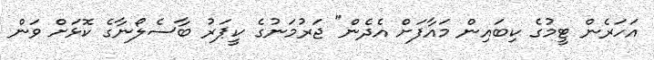
އަހަރެން ޓީމުގެ ކިބައިން މައާފަށް އެެދެން" ޖަރުމަނުގެ ކީޕަރު ބާސެލޯނާގެ ކޮޅަށް ވަން